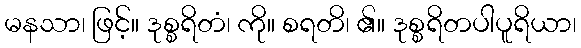
မနသာ၊ ဖြင့်။ ဒုစ္စရိတံ၊ ကို။ စရတိ၊ ၏။ ဒုစ္စရိတပါပူရိယာ၊